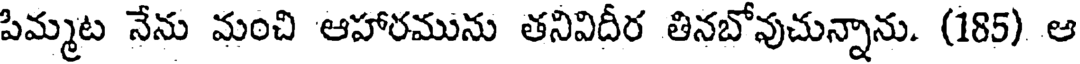
పిమ్మట నేను మంచి ఆహారమును తనివిదీర తినబోవుచున్నాను. (185) ఆ